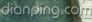
dianping.com